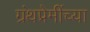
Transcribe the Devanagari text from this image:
ग्रंथप्रेमींच्या